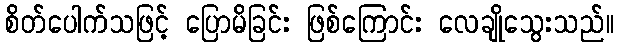
စိတ်ပေါက်သဖြင့် ပြောမိခြင်း ဖြစ်ကြောင်း လေချိုသွေးသည်။